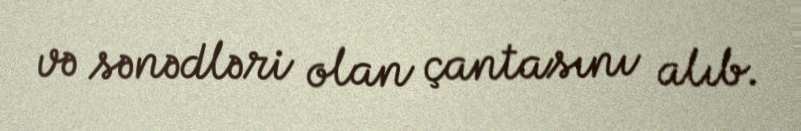
və sənədləri olan çantasını alıb.